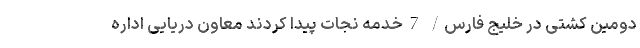
دومین کشتی در خلیج فارس/ 7 خدمه نجات پیدا کردند معاون دریایی اداره